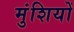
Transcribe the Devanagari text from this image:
मुंशियों